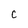
Character: C